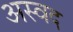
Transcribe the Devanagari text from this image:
अस्वद